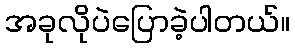
အခုလိုပဲပြောခဲ့ပါတယ်။